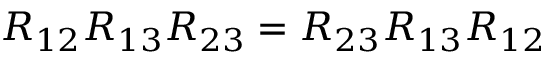
R _ { 1 2 } R _ { 1 3 } R _ { 2 3 } = R _ { 2 3 } R _ { 1 3 } R _ { 1 2 }